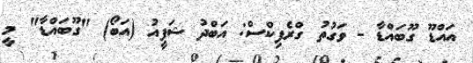
އައްޑޫ ގޫބައްޑާ - ވަގުތު ގްރެފިކްސް: އަބްދު ޝަފީއު (އަބޯ) "ގޫބައްޑާ" މީ